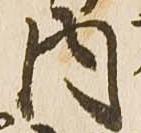
内